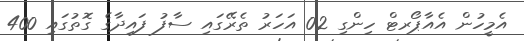
އެމީހުން އެއާޕޯރޓް ހިންގި 02 އަހަރު ތެރޭގައި ސާފު ފައިދާގެ ގޮތުގައި 400